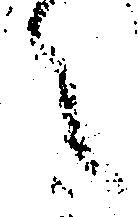
之